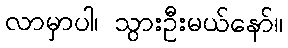
လာမှာပါ၊ သွားဦးမယ်နော်။